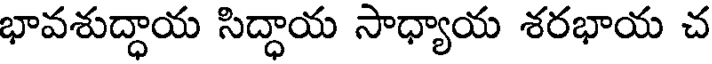
భావశుద్ధాయ సిద్ధాయ సాధ్యాయ శరభాయ చ